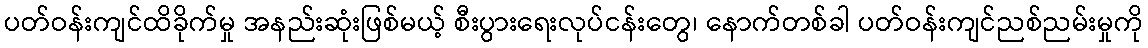
ပတ်ဝန်းကျင်ထိခိုက်မှု အနည်းဆုံးဖြစ်မယ့် စီးပွားရေးလုပ်ငန်းတွေ၊ နောက်တစ်ခါ ပတ်ဝန်းကျင်ညစ်ညမ်းမှုကို